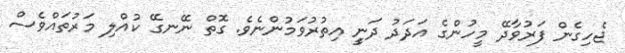
ޖެހިގެން ފަރުވާދޭ މީހުންގެ އަދަދު ދަނީީ އިތުރުވަމުންނެވެ. ގޮތް ނޭނގޭ ކުއްލި މަރުތައްވެސް